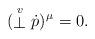
LaTeX: \begin{align*}(\stackrel{\scriptstyle v}{\bot }{\dot{p}})^{\hskip0.3mm\mu }=0.\end{align*}